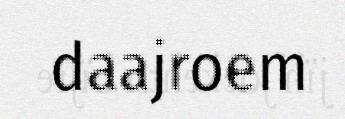
daajroem